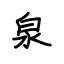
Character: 泉